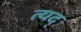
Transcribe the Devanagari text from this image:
त्यद्